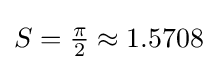
S={\tfrac {\pi }{2}}\approx 1.5708